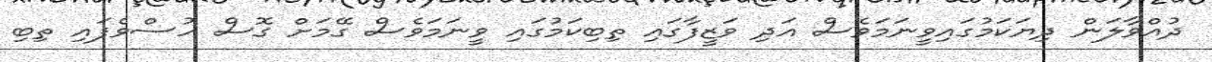
ދުއްވާލަން ދިޔަކަމުގައިވީނަމަވެސް އަދި ވަޒީފާގައި ތިބިކަމުގައި ވީނަމަވެސް ގޭމަށް ގޮސް ހުސްވެފައި ތިބި